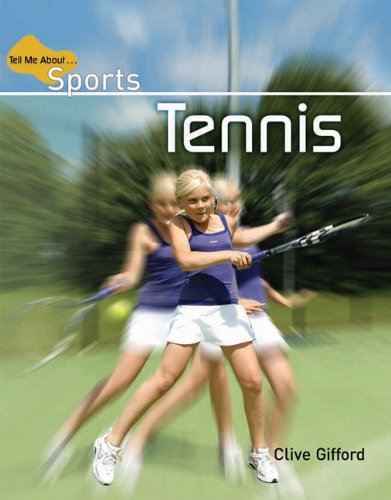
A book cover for Tennis (Tell Me about Sports); Clive Gifford; Children's Books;